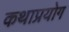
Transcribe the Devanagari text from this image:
कथाप्रयोग